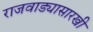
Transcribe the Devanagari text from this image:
राजवाड्यासारखी